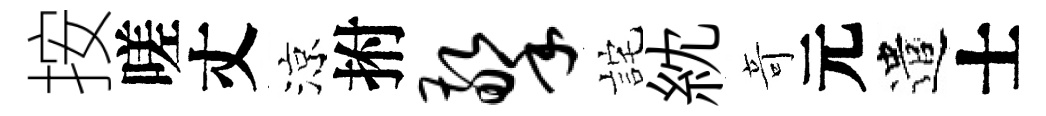
按嗟丈涼拊擎詫紞竒元遣士